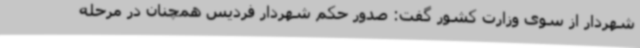
شهردار از سوی وزارت کشور گفت: صدور حکم شهردار فردیس همچنان در مرحله